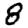
Digit: 8